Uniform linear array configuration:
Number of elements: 64
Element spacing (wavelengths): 1
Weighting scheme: hamming
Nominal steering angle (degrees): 15
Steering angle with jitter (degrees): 15.435
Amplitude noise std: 0.05
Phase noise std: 0.05

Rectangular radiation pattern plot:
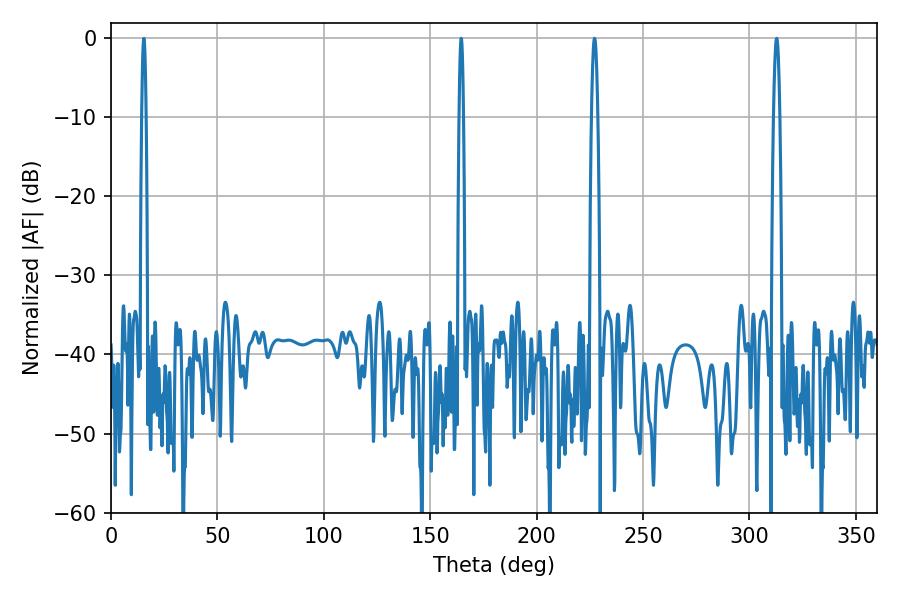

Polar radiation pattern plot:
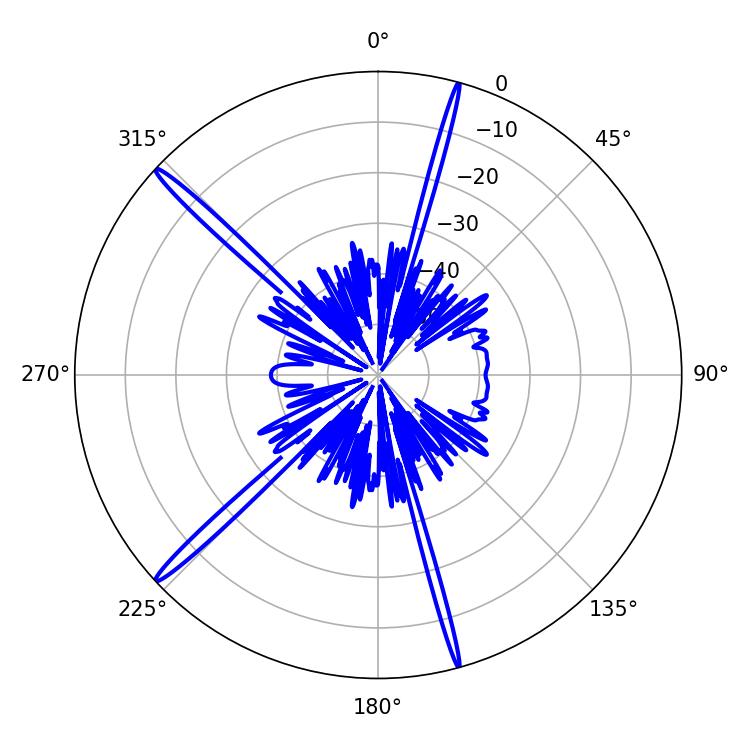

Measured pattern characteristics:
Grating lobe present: TRUE
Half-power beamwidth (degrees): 1.62
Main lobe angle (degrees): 227.16